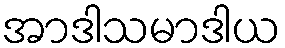
အာဒါသမာဒါယ